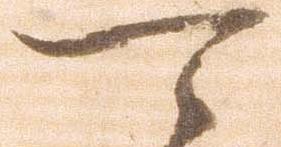
可